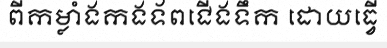
ពីកម្លាំងកងទ័ពជើងទឹក ដោយធ្វើ